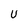
Character: U